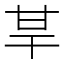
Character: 𤯀